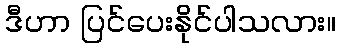
ဒီဟာ ပြင်ပေးနိုင်ပါသလား။